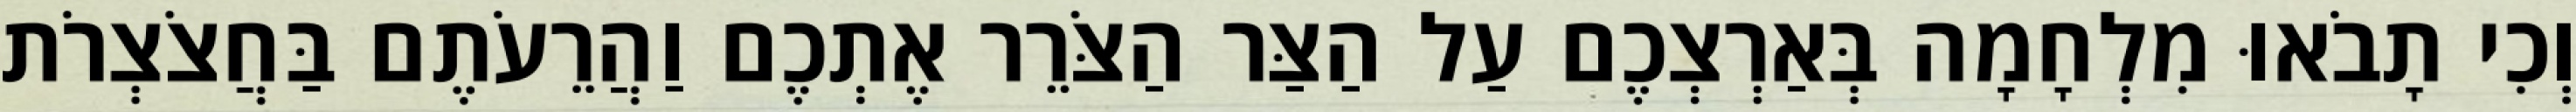
וְכִי תָבֹאוּ מִלְחָמָה בְּאַרְצְכֶם עַל הַצַּר הַצֹּרֵר אֶתְכֶם וַהֲרֵעֹתֶם בַּחֲצֹצְרֹת